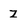
Character: z